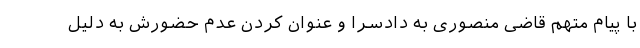
با پیام متهم قاضی منصوری به دادسرا و عنوان کردن عدم حضورش به دلیل